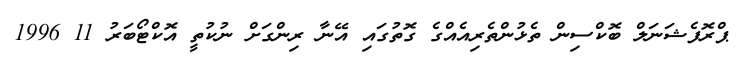
ޕްރޮފެޝަނަލް ބޮކްސިން ތެޅުންތެރިއެއްގެ ގޮތުގައި އޭނާ ރިންގަށް ނުކުތީ އޮކްޓޯބަރު 11 1996